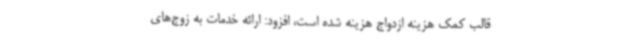
قالب کمک هزینه ازدواج هزینه شده است، افزود: ارائه خدمات به زوج‌های